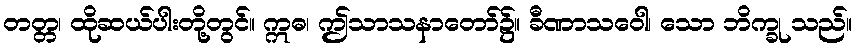
တတ္တ၊ ထိုဆယ်ပါးတို့တွင်။ ဣဓ၊ ဤသာသနာတော်၌။ ခီဏာသဝေါ၊ သော ဘိက္ခု သည်။